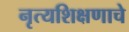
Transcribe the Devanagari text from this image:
नृत्यशिक्षणाचे